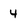
Character: 4